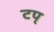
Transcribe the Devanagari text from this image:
टप्